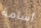
أسامة